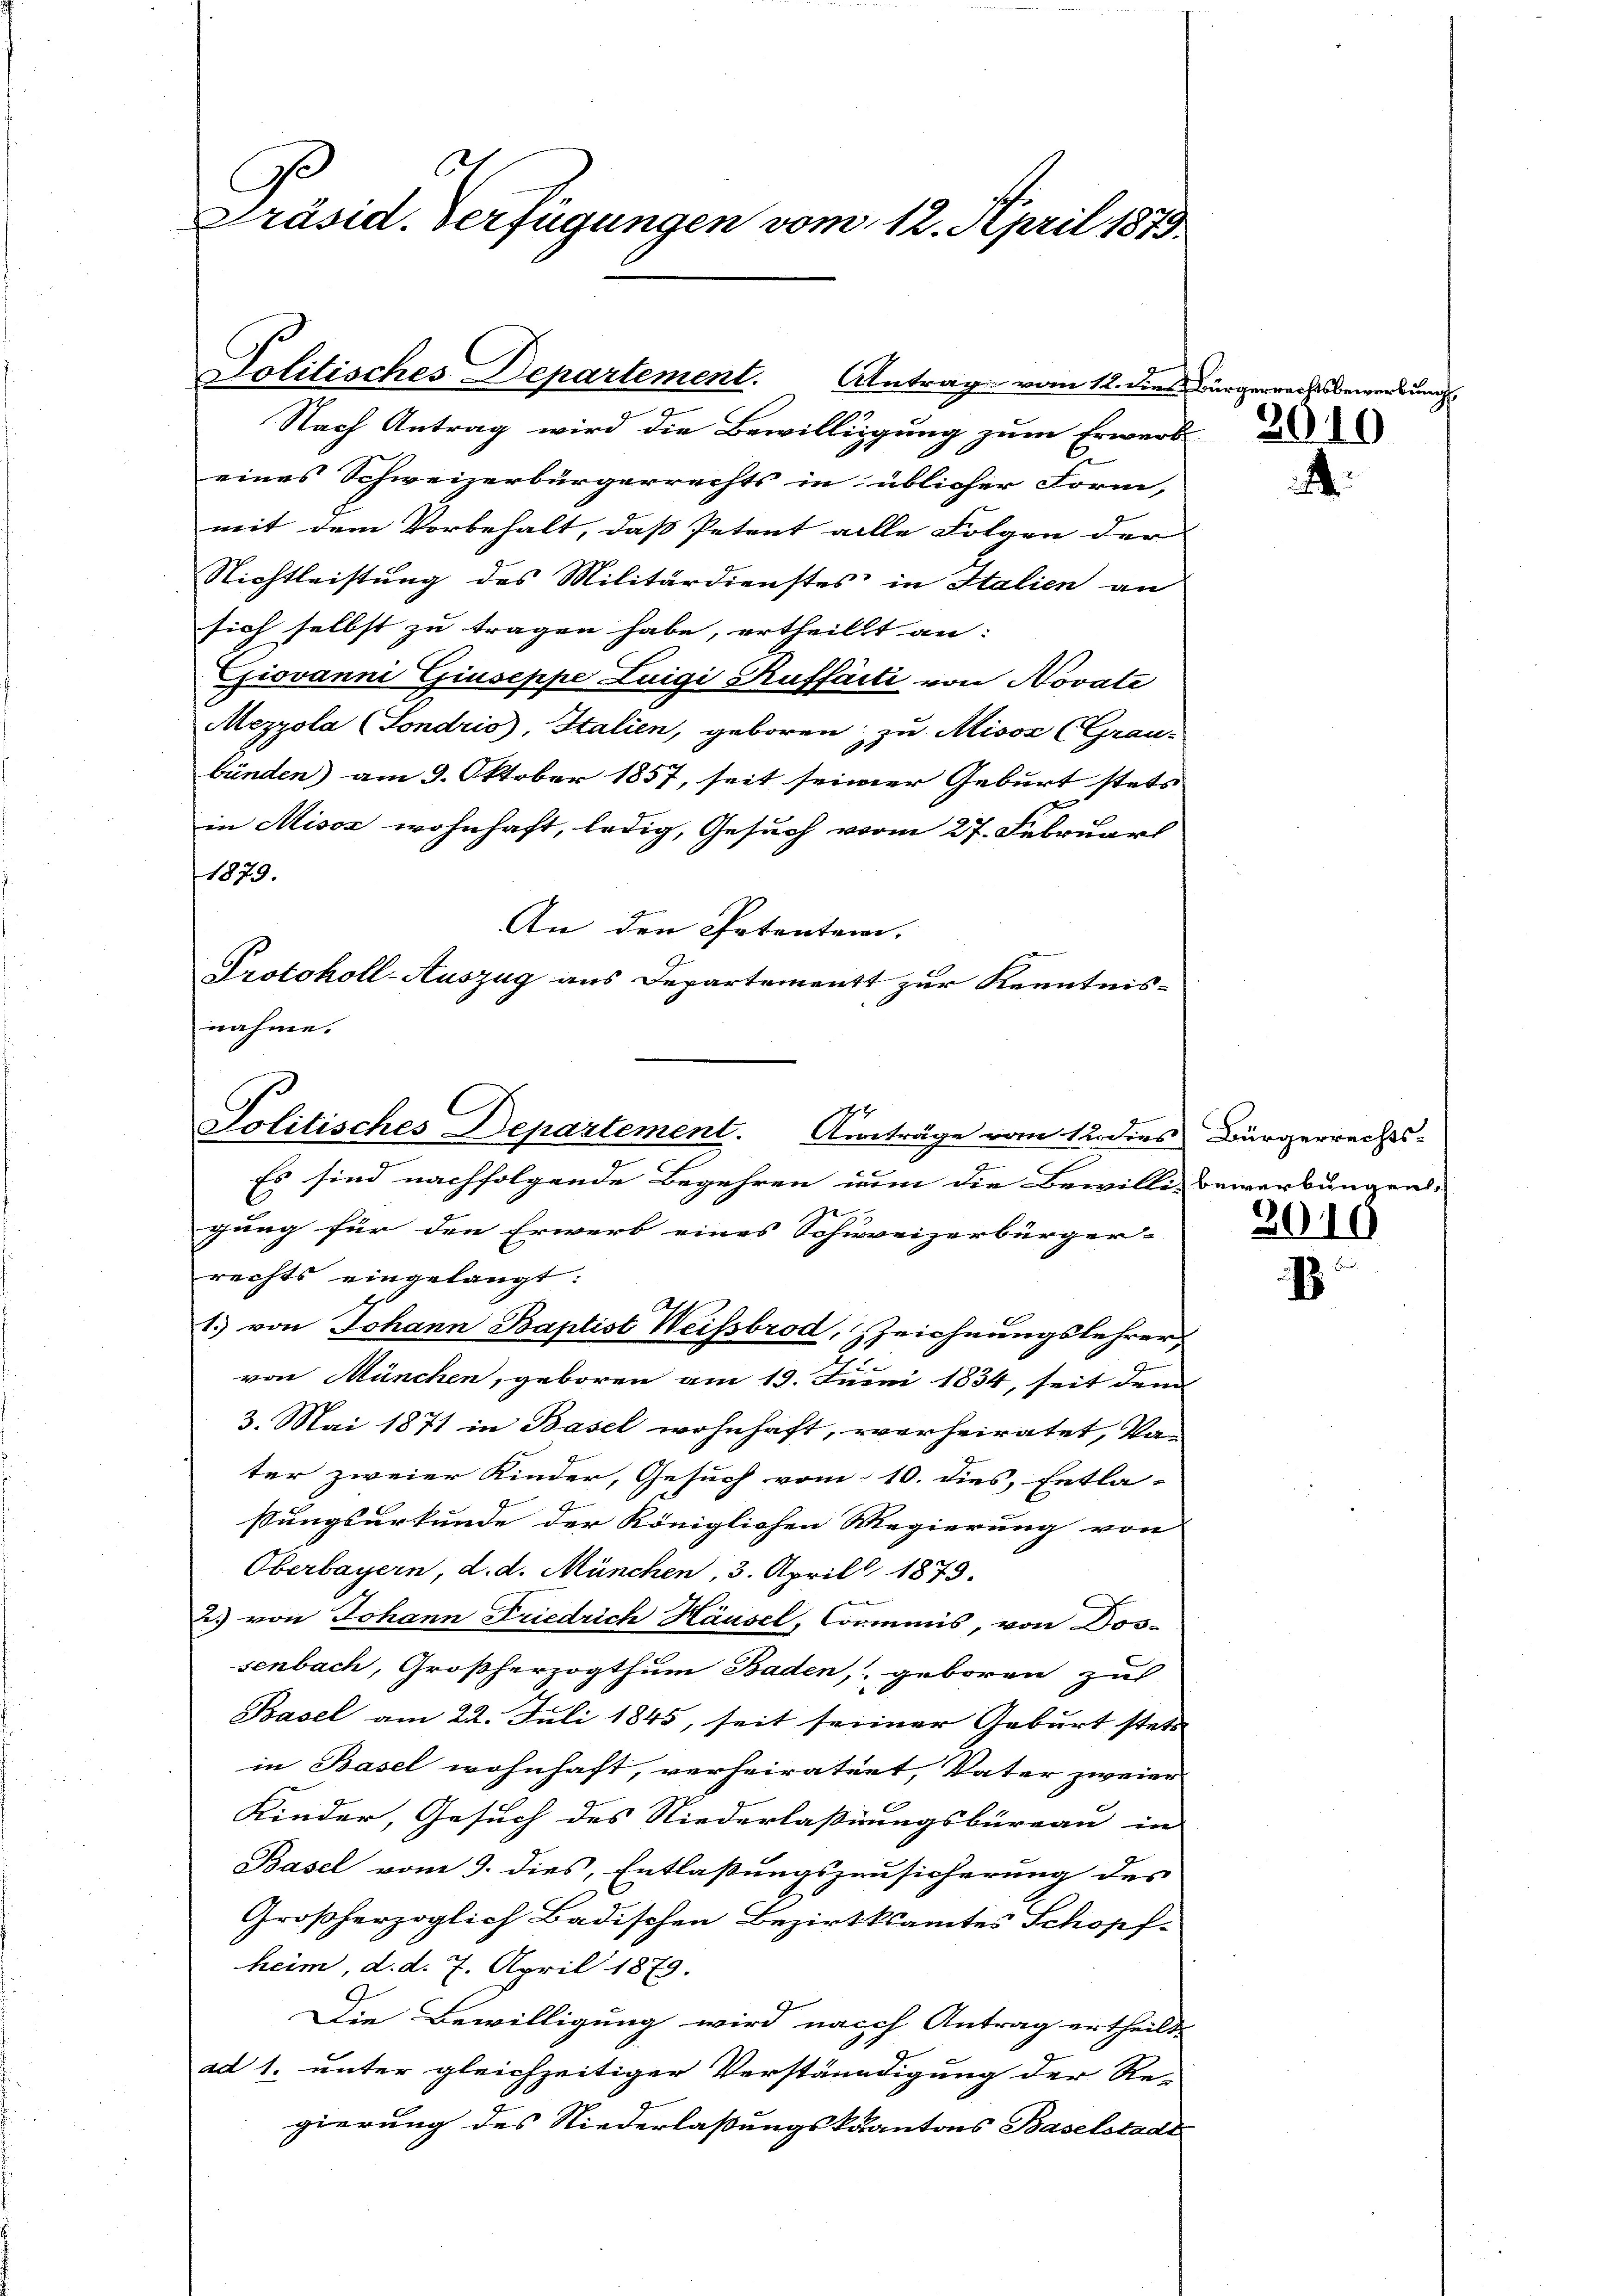
Präsid. Verfügungen vom 12. April 1873.

Politisches Departement. Antrag vom 12. dies Bürgerrechtsbewerbung

Nach Antrag wird die Bewilligung zum Erwerb
eines Schweizerbürgerrechts in üblicher Form,
mit dem Vorbehalt, daß Petent alle Folgen der
Nichtleistung des Militärdienstes in Italien an
sich selbst zu tragen habe, ertheilt an:
Giovanni Giuseppe Luigi Kufferti von Novate
Mezzola (Sondrio), Italien, geboren zu Misox (Grau-
bünden) am 9. Oktober 1857, seit seiner Geburt stets
in Misox wohnhaft, ledig, Gesuch vom 27. Februart
1873.
An den Petenten,
Protokoll-Auszug aus Departement zur Kenntnis-
nahme.

Politisches Departement. Anträge vom 12. dies Bürgerrechts-

Es sind nachfolgende Begehren nun die Bewillig bewerkungen.
gung für den Erwerb eines Schweizerbürger- |
rechts eingelangt:
1) von Johann Baptist Weissbrod, Zeichnungslehrer
2
von München, geboren am 19. Juni 1834, seit dem
3. Mai 1871 in Basel wohnhaft, verheiratet, Vater zweier Kinder, Gesuch vom 10. dies, Entla- |
ßungsurkunde der Königlichen Regierung von
Oberbayern, d. d. München, 3. Aprill 1873.
us von Johann Friedrich Häusel, Commis, von Dos-
senbach, Großherzogthum Baden, geboren zu
Basel am 22. Juli 1845, seit seiner Geburt stets
in Basel wohnhaft, verheiratuet, Vater zweier
Kinder, Gesuch des Niederlaßungsbüreau in
Basel vom 9. dies, Entlaßungszusicherung des
Großherzoglich Badischen Bezirksamtes Schopf-
heim, d. d. 7. April 1879.
Die Bewilligung wird nach Antrag ertheilt,
ad 1. unter gleichzeitiger Verständigung der Re-
gierung des Niederlassungskuantons Baselstadt

2010
.

201
8